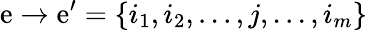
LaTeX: \mathrm{e}\to\mathrm{e}^{\prime}=\{ i_{1},i_{2},...,j,...,i_{m}\}